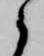
候